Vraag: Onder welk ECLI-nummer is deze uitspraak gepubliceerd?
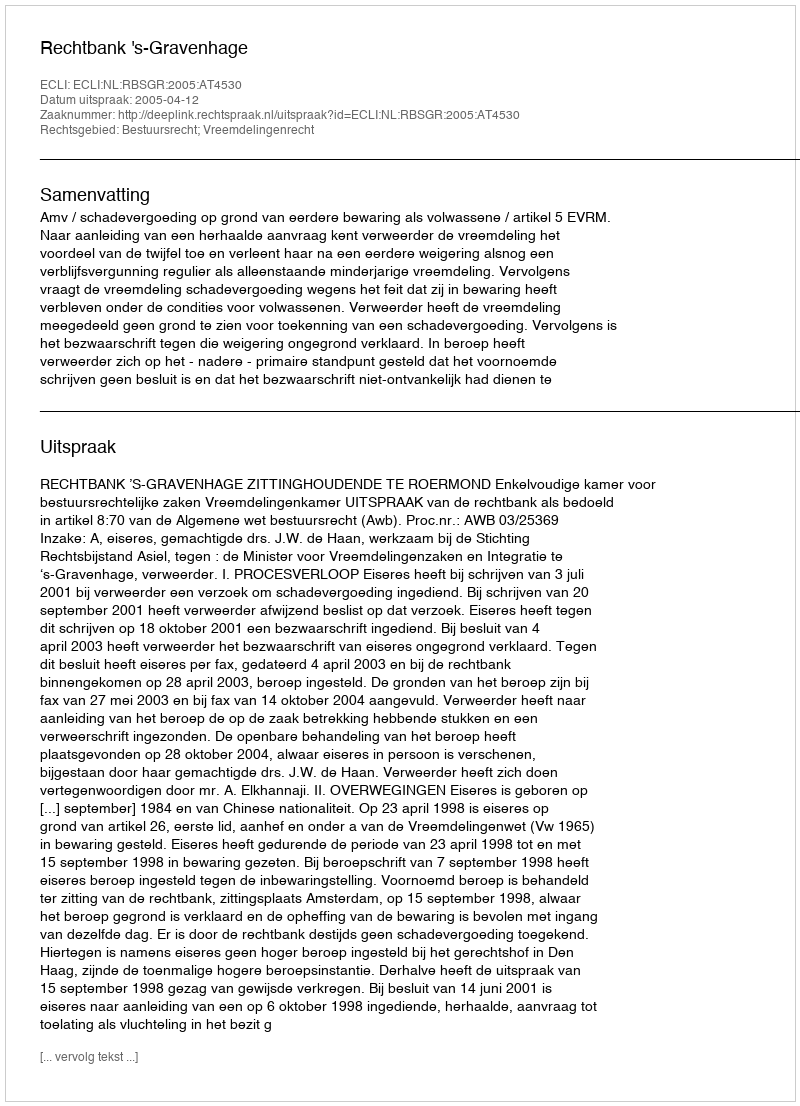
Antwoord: ECLI:NL:RBSGR:2005:AT4530